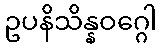
ဥပနိသိန္နဝဂ္ဂေါ